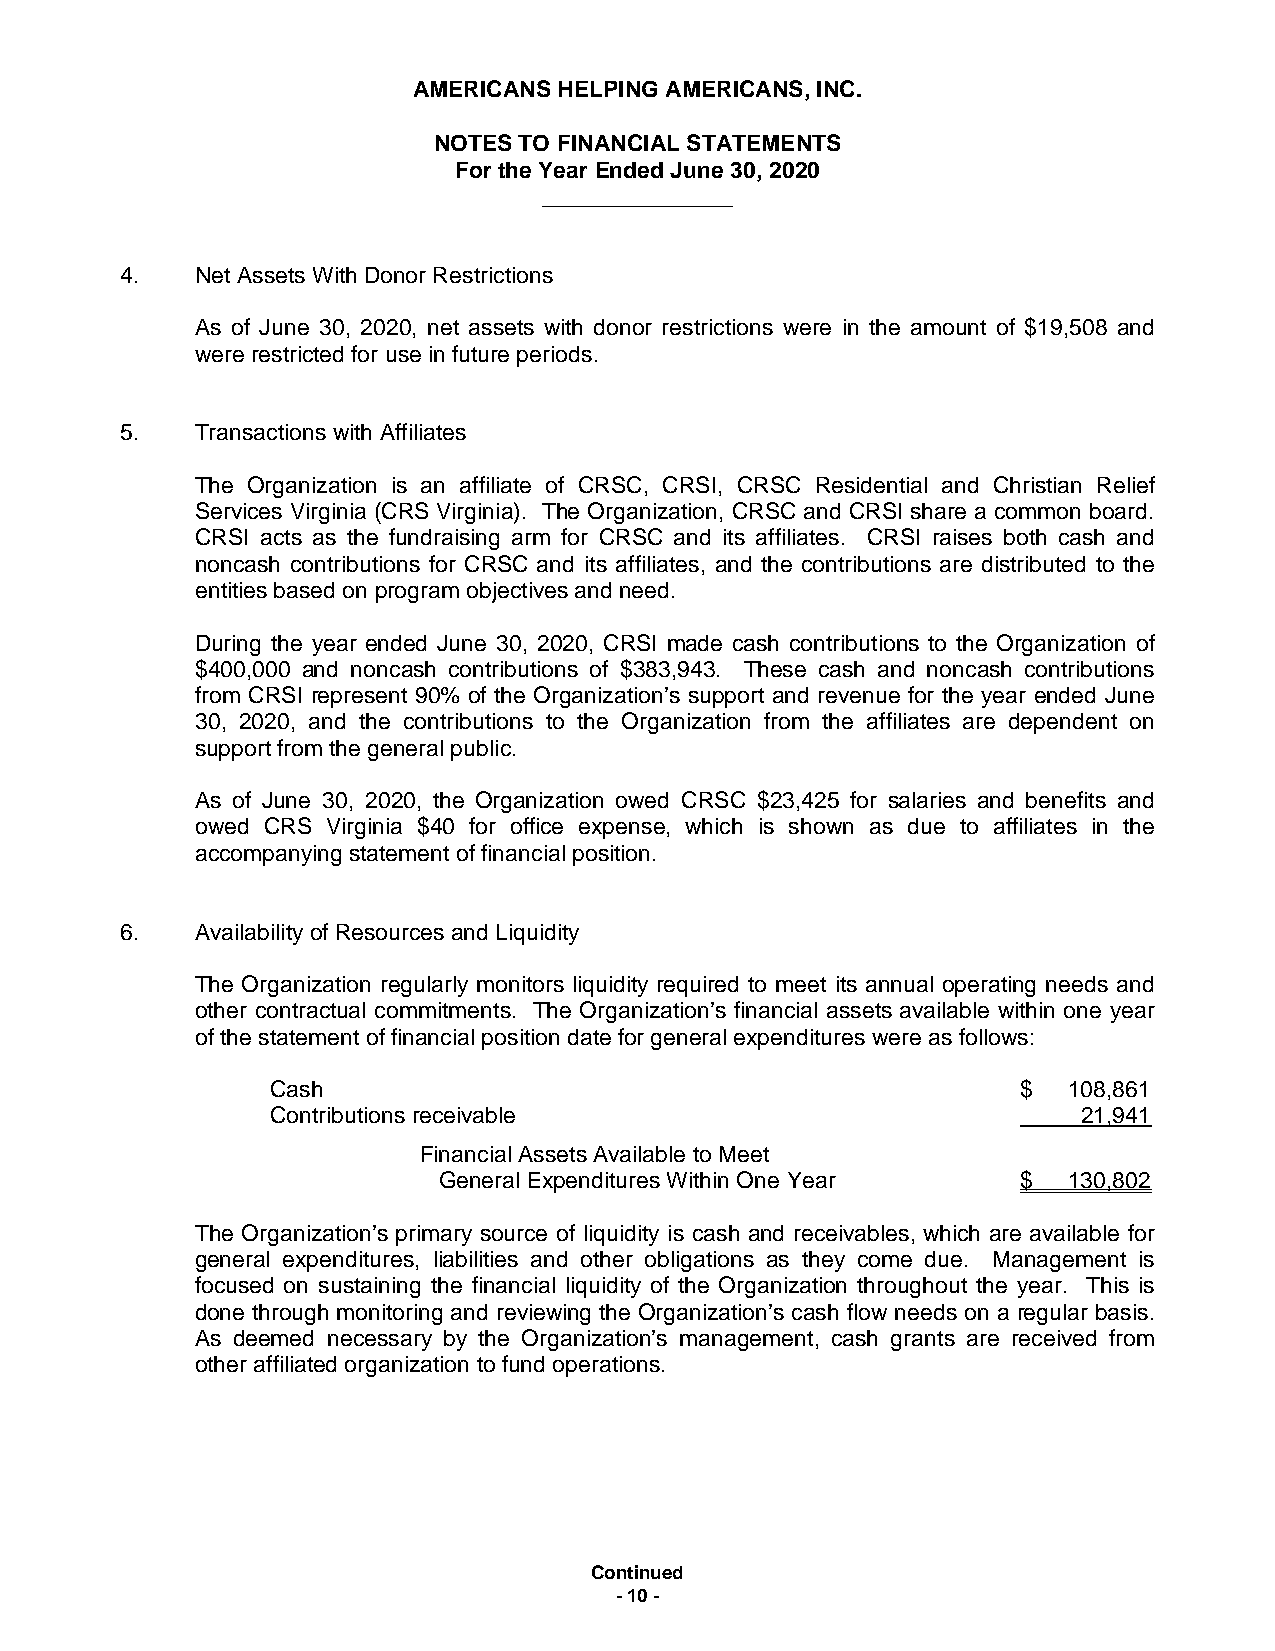
AMERICANS HELPING AMERICANS, INC.
 NOTES TO FINANCIAL STATEMENTS
 For the Year Ended June 30, 2020
 _______________
 4.   Net Assets With Donor Restrictions
 As of June 30, 2020, net assets with donor restrictions were in the amount of $19,508 and
 were restricted for use in future periods.
 5.   Transactions with Affiliates
 The Organization is an affiliate of CRSC, CRSI, CRSC Residential and Christian Relief
 Services Virginia (CRS Virginia). The Organization, CRSC and CRSI share a common board.
 CRSI acts as the fundraising arm for CRSC and its affiliates. CRSI raises both cash and
 noncash contributions for CRSC and its affiliates, and the contributions are distributed to the
 entities based on program objectives and need.
 During the year ended June 30, 2020, CRSI made cash contributions to the Organization of
 $400,000 and noncash contributions of $383,943. These cash and noncash contributions
 from CRSI represent 90% of the Organization’s support and revenue for the year ended June
 30, 2020, and the contributions to the Organization from the affiliates are dependent on
 support from the general public.
 As of June 30, 2020, the Organization owed CRSC $23,425 for salaries and benefits and
 owed CRS Virginia $40 for office expense, which is shown as due to affiliates in the
 accompanying statement of financial position.
 6.   Availability of Resources and Liquidity
 The Organization regularly monitors liquidity required to meet its annual operating needs and
 other contractual commitments. The Organization’s financial assets available within one year
 of the statement of financial position date for general expenditures were as follows:
 Cash                                              $  108,861
 Contributions receivable                              21,941
 Financial Assets Available to Meet
 General Expenditures Within One Year   $  130,802
 The Organization’s primary source of liquidity is cash and receivables, which are available for
 general expenditures, liabilities and other obligations as they come due. Management is
 focused on sustaining the financial liquidity of the Organization throughout the year. This is
 done through monitoring and reviewing the Organization’s cash flow needs on a regular basis.
 As deemed necessary by the Organization’s management, cash grants are received from
 other affiliated organization to fund operations.
 Continued
 - 10 -